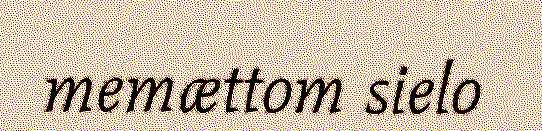
memættom sielo